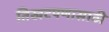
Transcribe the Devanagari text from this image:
तिखटपणासाठी